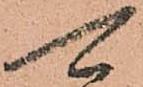
可